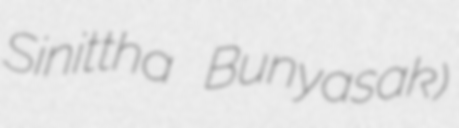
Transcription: Sinittha Bunyasak)